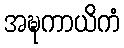
အဍ္ဎကာယိကံ